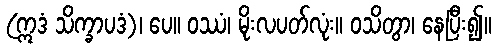
(ဣဒံ သိက္ခာပဒံ)၊ ပေ။ ဝဿံ၊ မိုးလပတ်လုံး။ ဝသိတွာ၊ နေပြီး၍။